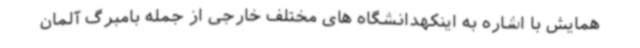
همایش با اشاره به اینکهدانشگاه های مختلف خارجی از جمله بامبرگ آلمان